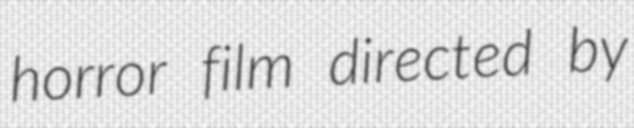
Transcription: horror film directed by